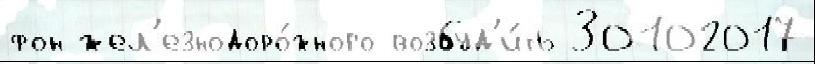
фон жел'езнодоро́жного возбуд'и́ть 30102017